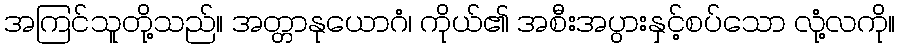
အကြင်သူတို့သည်။ အတ္တာနုယောဂံ၊ ကိုယ်၏ အစီးအပွားနှင့်စပ်သော လုံ့လကို။